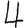
Digit: 4